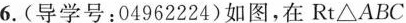
6.(导学号：04962224)如图，在Rt\bigtriangleupABC